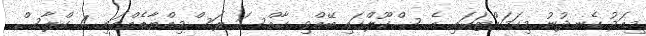
މިއަދު ހެނދުނު މިކަމަށްޓަކައި އެ ސްކޫލްގައި ބޭއްވި ހާއްސަ ރަސްމިއްޔާތެއްގައި 4 ކްލާސް